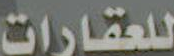
للعقارات